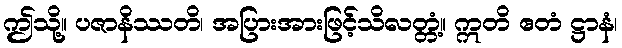
ဤသို့။ ပဇာနိဿတိ၊ အပြားအားဖြင့်သိလတ္တံ့။ ဣတိ ဧတံ ဋ္ဌာနံ၊